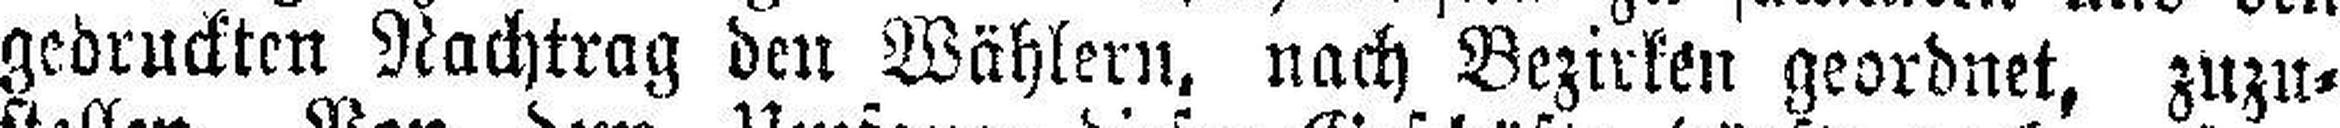
gedruckten Nachtrag den Wählern, nach Bezirken geordnet, zuzu¬